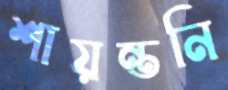
শায়ন্তনি